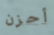
أحزن